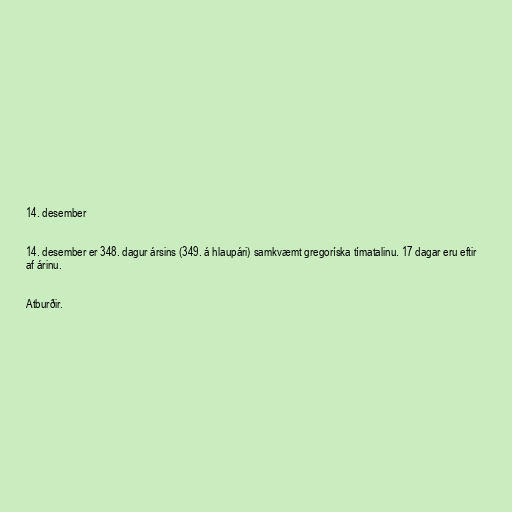
14. desember

14. desember er 348. dagur ársins (349. á hlaupári) samkvæmt gregoríska tímatalinu. 17 dagar eru eftir
af árinu.

Atburðir.